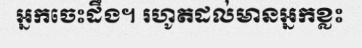
អ្នកចេះដឹង។ រហូតដល់មានអ្នកខ្លះ